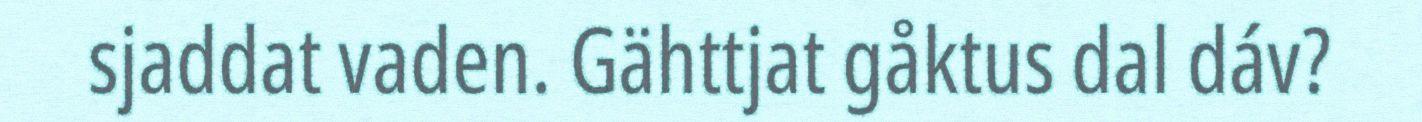
sjaddat vaden. Gähttjat gåktus dal dáv?